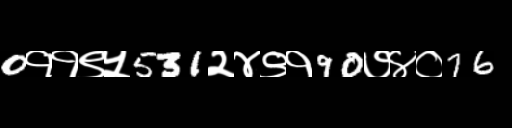
Text: 0११९५531२४९१90७४०76